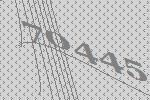
70445